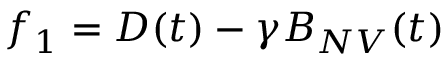
{ f _ { 1 } = D ( t ) - \gamma B _ { N V } ( t ) }